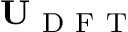
\mathbf { U } _ { \mathrm { ~ D ~ F ~ T ~ } }